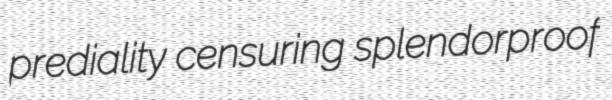
prediality censuring splendorproof